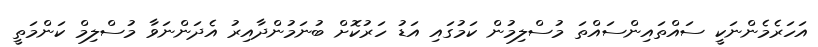
އަހަރެމެންނަކީ ސައްތައިންސައްތަ މުސްލިމުން ކަމުގައި އަޑު ހަރުކޮށް ބުނަމުންދާއިރު އެދަންނަވާ މުސްލިމް ކަންމަތީ